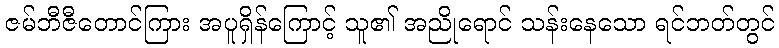
ဇမ်ဘီဇီတောင်ကြား အပူရှိန်ကြောင့် သူ၏ အညိုရောင် သန်းနေသော ရင်ဘတ်တွင်